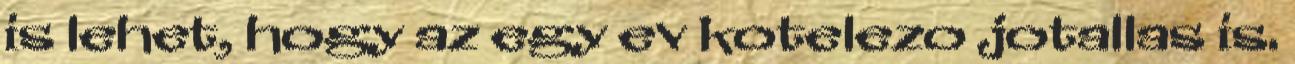
is lehet, hogy az egy ev kotelezo jotallas is.